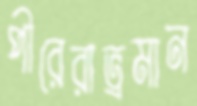
পীরেরাভ্রমান